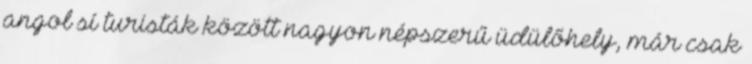
angol sí turisták között nagyon népszerű üdülőhely, már csak